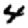
Digit: 4